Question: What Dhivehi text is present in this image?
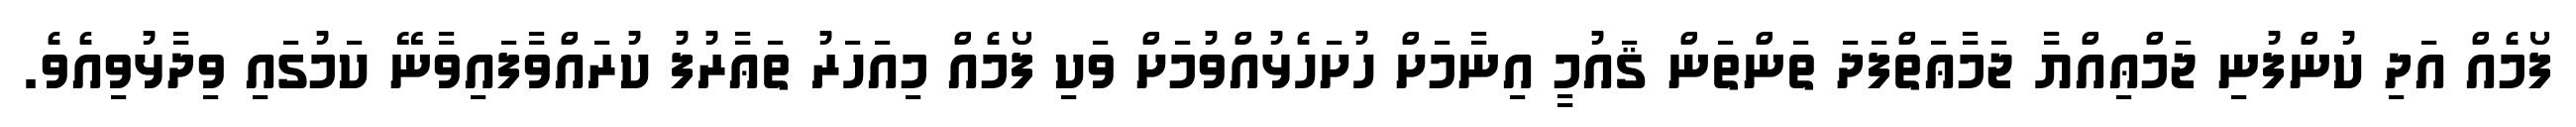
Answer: ފޯމެއް އަދި ކުންފުނި ޖަމްޢިއްޔާ ޖަމާޢަތްފަދަ ތަންތަން ޤައުމީ އިނާމަށް ހުށަހެޅުއްވުމަށް ވަކި ފޯމެއް މިއަހަރު ތަޢާރުފު ކުރައްވާފައިވާނޭ ކަމުގައި ވިދާޅުވިއެވެ.